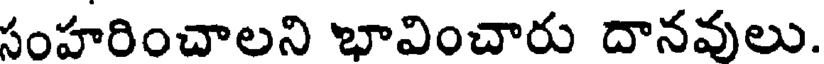
సంహరించాలని భావించారు దానవులు.